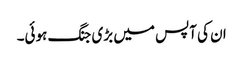
ان کی آپس میں بڑی جنگ ہوئی۔